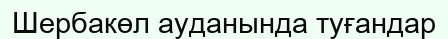
Шербакөл ауданында туғандар